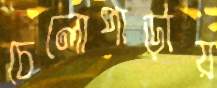
চেলোপাড়ায়